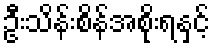
ဦးသိန်းစိန်အစိုးရနှင့်